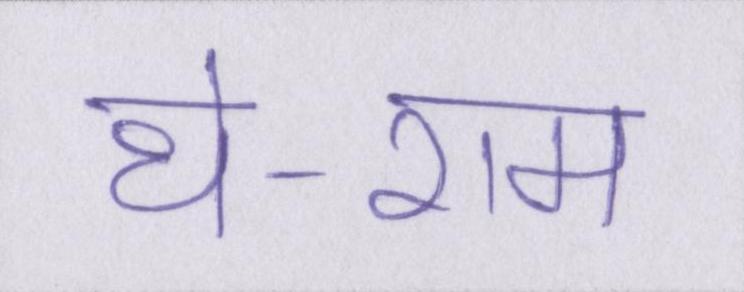
थे-राम